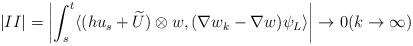
LaTeX: \begin{align*}|II|=\left|\int_s^t\langle (hu_s+\widetilde U)\otimes w, (\nabla w_k-\nabla w)\psi_L\rangle\right|\to 0(k\to\infty)\end{align*}